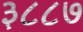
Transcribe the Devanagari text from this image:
३८८७